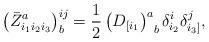
LaTeX: \begin{align*}\left( \bar{Z}_{i_{1}i_{2}i_{3}}^{a}\right) _{b}^{ij}=\frac{1}{2}\left(D_{[i_{1}}\right) _{\;\;b}^{a}\delta _{i_{2}}^{i}\delta _{i_{3}]}^{j},\end{align*}